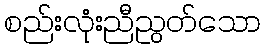
စည်းလုံးညီညွတ်သော